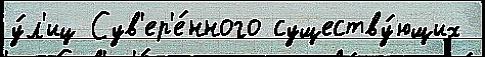
у́л'иц Сув'ер'е́нного существу́ющих